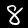
Digit: 8